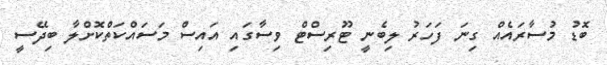
ބޮޑު މުސާރައެއް ގިނަ ފަހަރު ލިބެނީ ޓޫރިސްޓް ވިސާގައި އައިސް މަސައްކަތްކޮށްލާ ބިދޭސީ